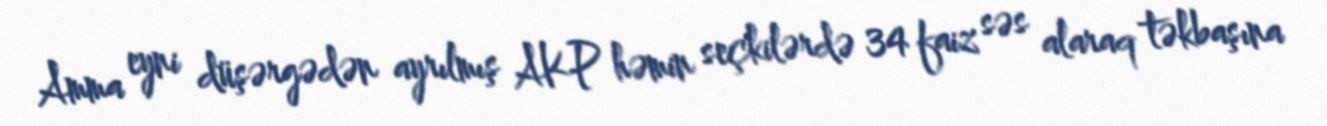
Amma eyni düşərgədən ayrılmış AKP həmin seçkilərdə 34 faiz səs alaraq təkbaşına